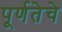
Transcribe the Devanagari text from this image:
पूर्णतेचे